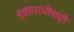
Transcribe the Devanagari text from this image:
न्यायाधीशही